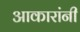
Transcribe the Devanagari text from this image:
आकारांनी